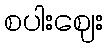
စပါးဈေး